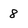
Character: 8